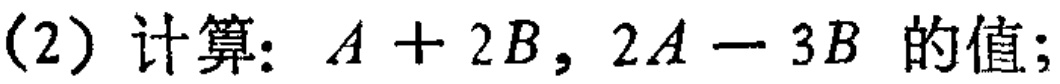
(2) 计算：\(A + 2B, 2A - 3B\) 的值；